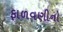
ફાળવણીનો